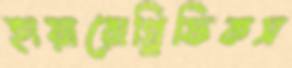
হায়ারোগ্লিফিকস